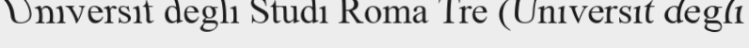
Universit degli Studi Roma Tre (Universit degli